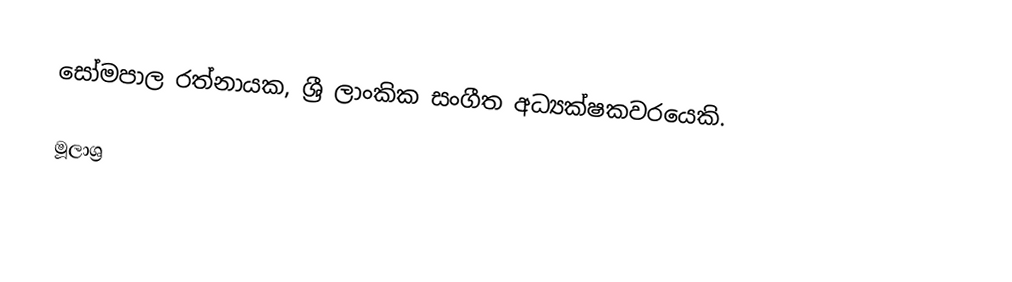
සෝමපාල රත්නායක, ශ්‍රී ලාංකික සංගීත අධ්‍යක්ෂකවරයෙකි.

මූලාශ්‍ර